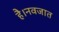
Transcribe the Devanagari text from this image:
है।नवजात